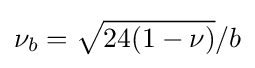
\nu _{b}={\sqrt {24(1-\nu )}}/b